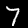
Label: 7